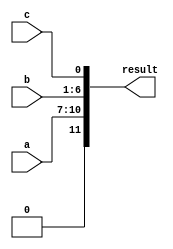
module concatenation_example (
    input wire [3:0]  a,   // 4-bit input signal
    input wire [5:0]  b,   // 6-bit input signal
    input wire        c,    // 1-bit input signal
    output wire [11:0] result // Output signal to hold the concatenated result
);

// Continuous assignment using concatenation
assign result = {a, b, c}; // Concatenating signals a, b, and c

endmodule